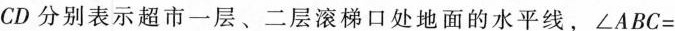
CD分别表示超市一层、二层滚梯口处地面的水平线，$$∠ A B C =